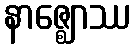
နာဇ္ဈောဿ